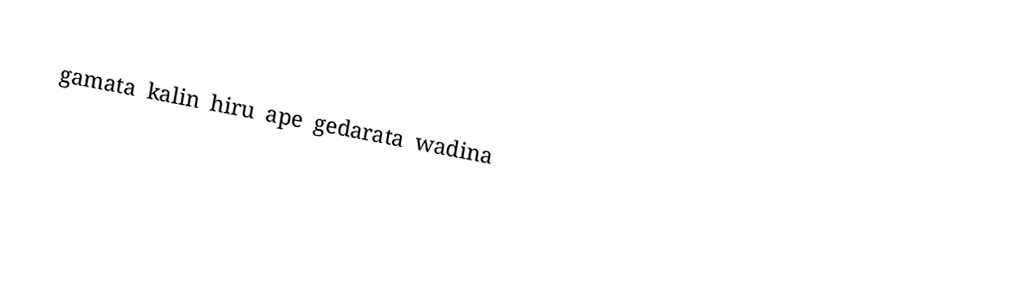
gamata kalin hiru ape gedarata wadina